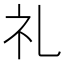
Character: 礼